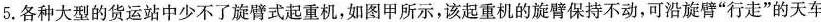
5.各种大型的货运站中少不了旋臂式起重机，如图甲所示，该起重机的旋臂保持不动，可沿旋臂”行走”的天车